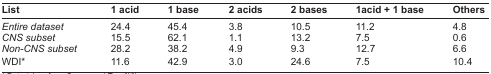
| List | 1 acid | 1 base | 2 acids | 2 bases | 1 acid + 1 base | Others |
 | --- | --- | --- | --- | --- | --- | --- |
 | Entire dataset | 24.4 | 45.4 | 3.8 | 10.5 | 11.2 | 4.8 |
 | CNS subset | 15.5 | 62.1 | 1.1 | 13.2 | 7.5 | 0.6 |
 | Non-CNS subset | 28.2 | 38.2 | 4.9 | 9.3 | 12.7 | 6.6 |
 | WDI* | 11.6 | 42.9 | 3.0 | 24.6 | 7.5 | 10.4 |